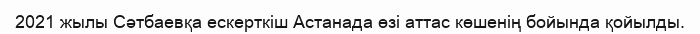
2021 жылы Сәтбаевқа ескерткіш Астанада өзі аттас көшенің бойында қойылды.